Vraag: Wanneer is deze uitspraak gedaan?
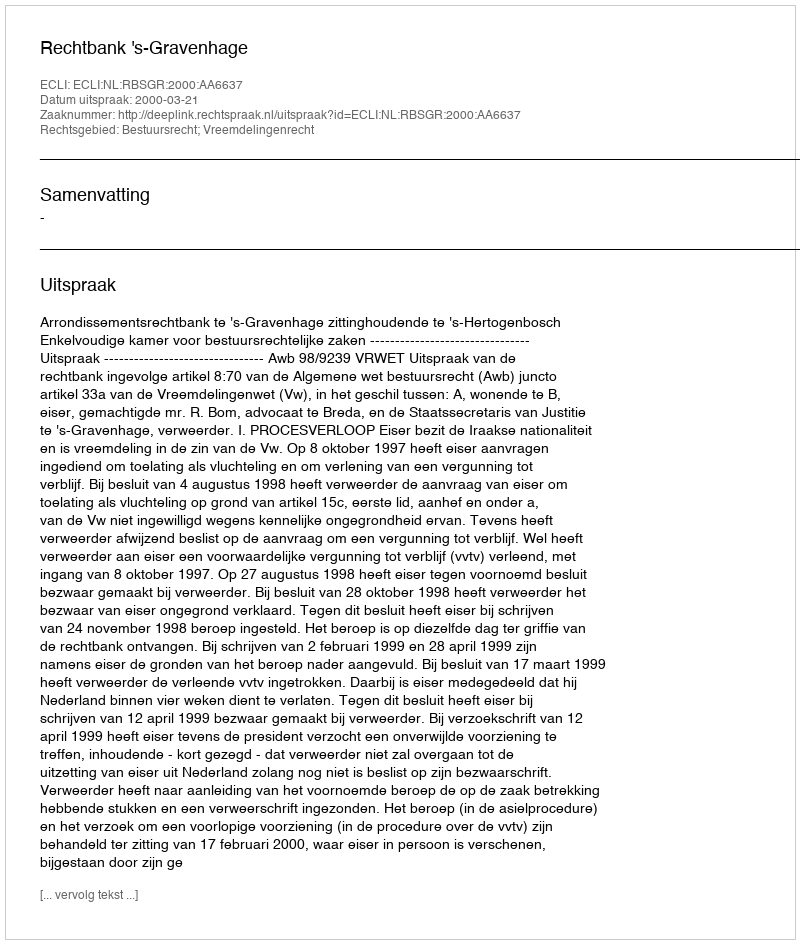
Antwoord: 2000-03-21